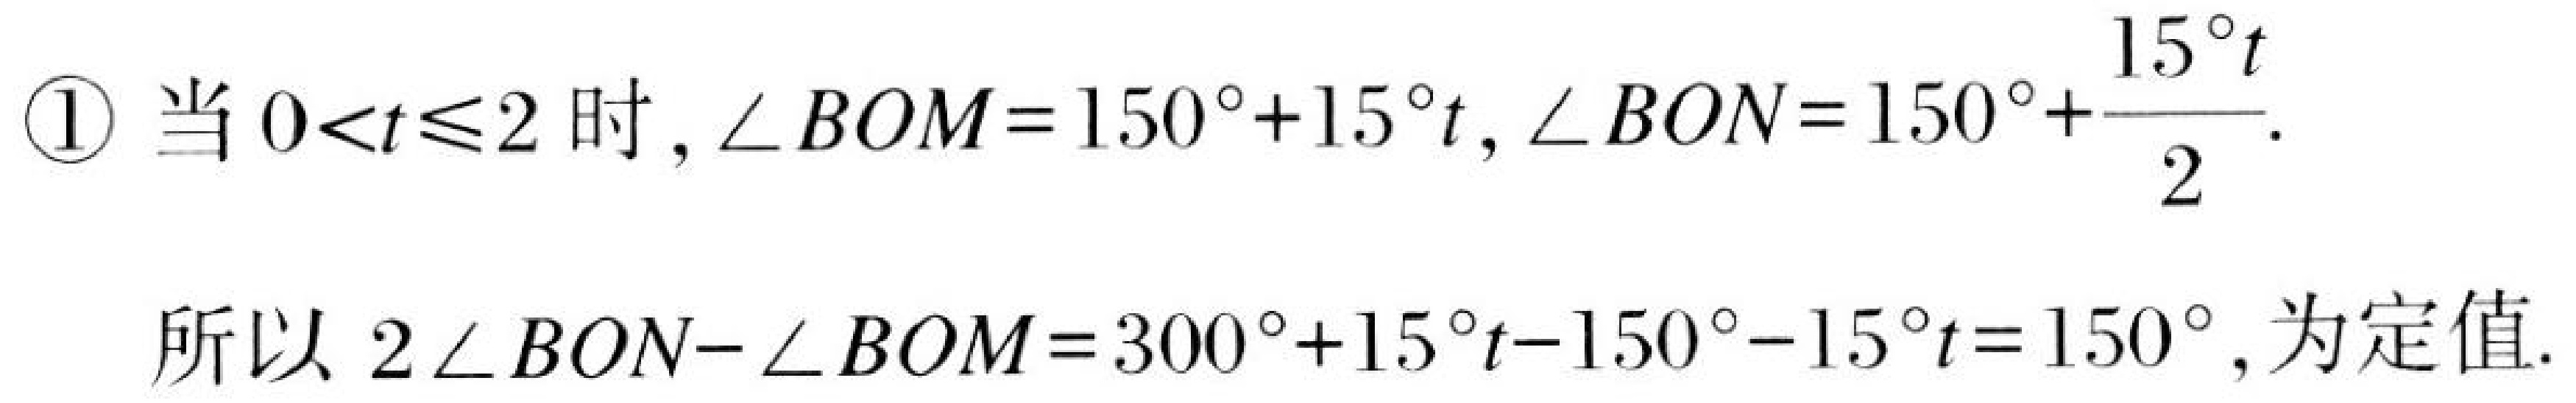
\textcircled{1} 当\(0<t\leqslant2\)时，\(\angle BOM = 150^{\circ}+15^{\circ}t\)，\(\angle BON = 150^{\circ}+\frac{15^{\circ}t}{2}\).

所以\(2\angle BON - \angle BOM = 300^{\circ}+15^{\circ}t - 150^{\circ}-15^{\circ}t = 150^{\circ}\)，为定值.